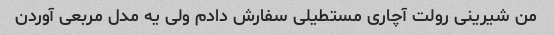
من شیرینی رولت آچاری مستطیلی سفارش دادم ولی یه مدل مربعی آوردن